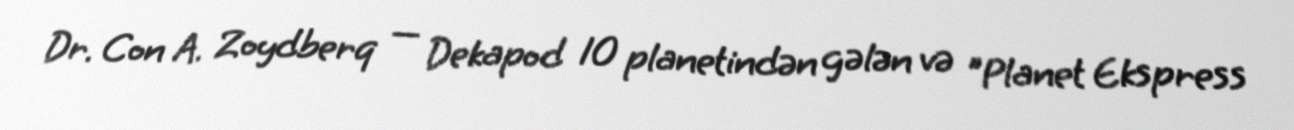
Dr. Con A. Zoydberq — Dekapod 10 planetindən gələn və "Planet Ekspress